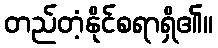
တည်တံ့နိုင်စရာရှိ၏။